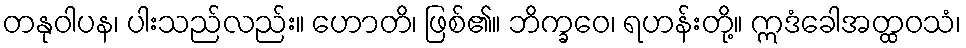
တနုဝါပန၊ ပါးသည်လည်း။ ဟောတိ၊ ဖြစ်၏။ ဘိက္ခဝေ၊ ရဟန်းတို့။ ဣဒံခေါအတ္ထဝသံ၊